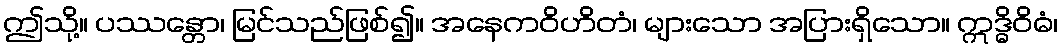
ဤသို့။ ပဿန္တော၊ မြင်သည်ဖြစ်၍။ အနေကဝိဟိတံ၊ များသော အပြားရှိသော။ ဣဒ္ဓိဝိဓံ၊